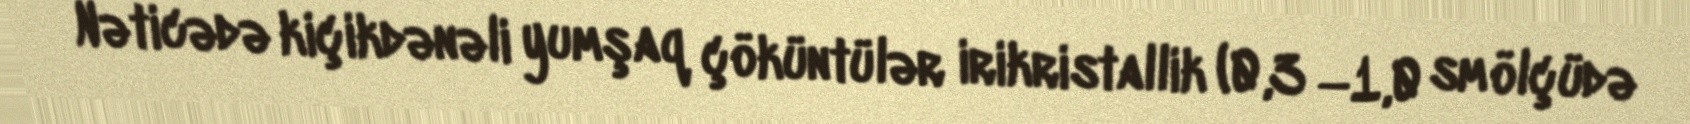
Nəticədə kiçikdənəli yumşaq çöküntülər irikristallik (0,3 −1,0 sm ölçüdə